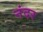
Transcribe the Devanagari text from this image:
नंदर